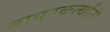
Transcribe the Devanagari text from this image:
वापरकर्त्यांनी